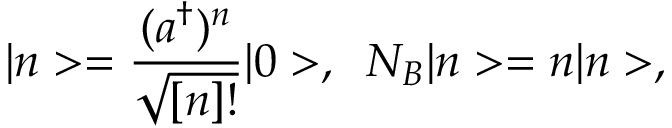
| n > = \frac { ( a ^ { \dagger } ) ^ { n } } { \sqrt { [ n ] ! } } | 0 > , \; \; N _ { B } | n > = n | n > ,